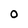
Character: O